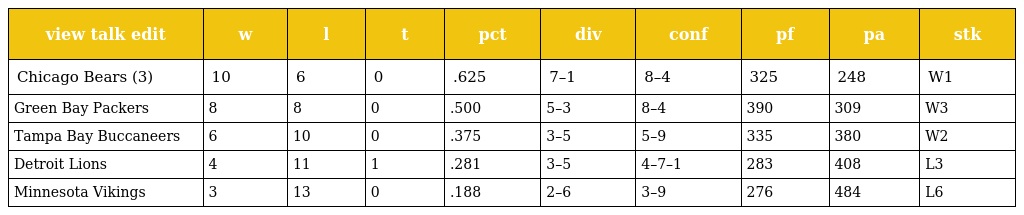
| view talk edit | w | l | t | pct | div | conf | pf | pa | stk |
 | --- | --- | --- | --- | --- | --- | --- | --- | --- | --- |
 | Chicago Bears (3) | 10 | 6 | 0 | .625 | 7–1 | 8–4 | 325 | 248 | W1 |
 | Green Bay Packers | 8 | 8 | 0 | .500 | 5–3 | 8–4 | 390 | 309 | W3 |
 | Tampa Bay Buccaneers | 6 | 10 | 0 | .375 | 3–5 | 5–9 | 335 | 380 | W2 |
 | Detroit Lions | 4 | 11 | 1 | .281 | 3–5 | 4–7–1 | 283 | 408 | L3 |
 | Minnesota Vikings | 3 | 13 | 0 | .188 | 2–6 | 3–9 | 276 | 484 | L6 |